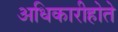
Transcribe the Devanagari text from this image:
अधिकारीहोते